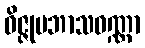
ဝိဇ္ဇုပဘာသဝဏ္ဏာ